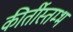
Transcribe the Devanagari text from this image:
कीर्तीस्तम्भ